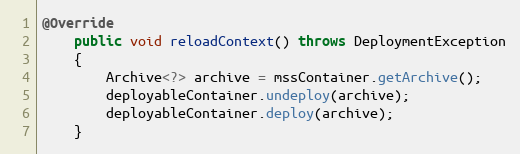
Language: Java
@Override
	public void reloadContext() throws DeploymentException
	{
		Archive<?> archive = mssContainer.getArchive();
		deployableContainer.undeploy(archive);
		deployableContainer.deploy(archive);
	}